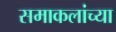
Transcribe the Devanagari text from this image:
समाकलांच्या